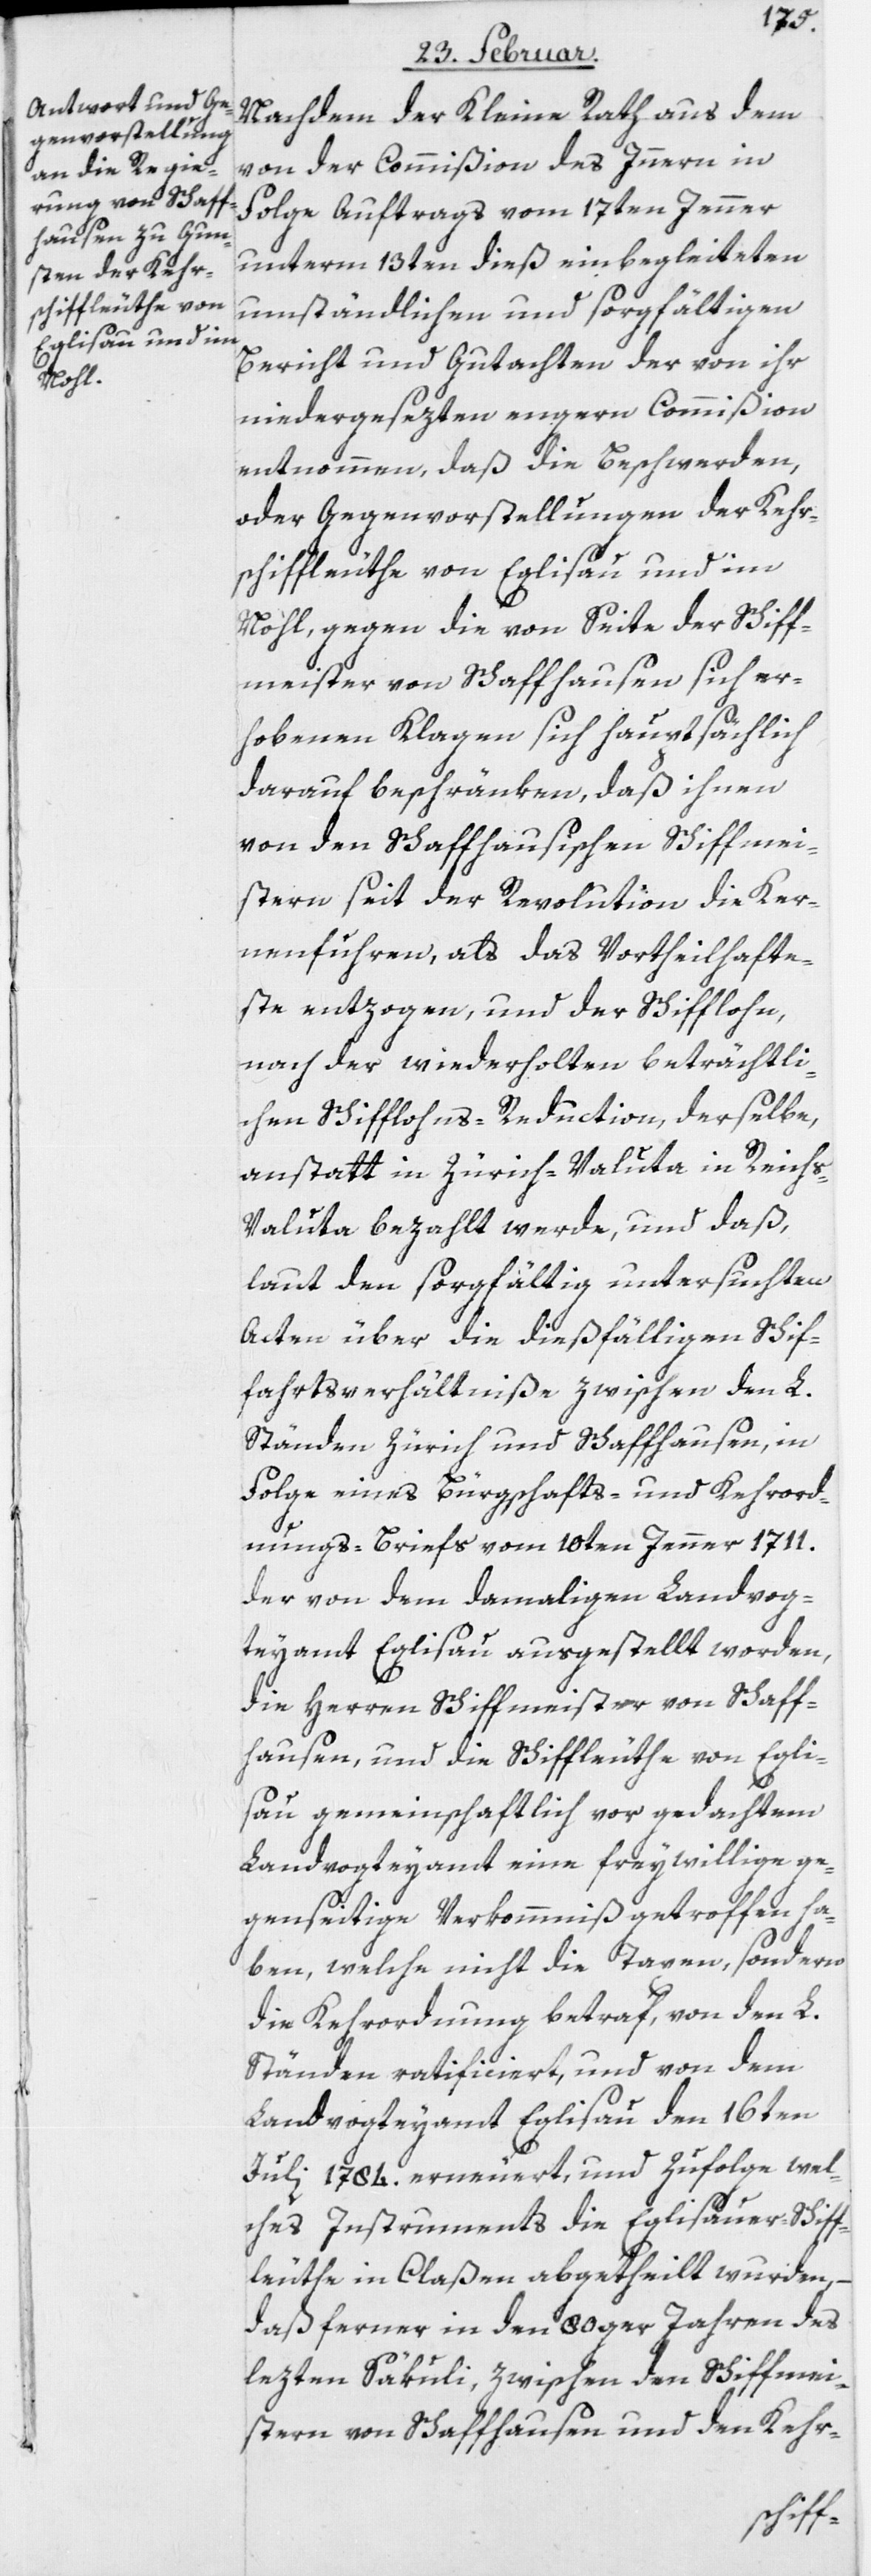
Nachdem der Kleine Rath aus dem
von der Commißion des Innern in
Folge Auftrags vom 17ten Jenner
unterm 13ten dieß einbegleiteten
umständlichen und sorgfältigen
Bericht und Gutachten der von ihr
niedergesezten engern Commißion
entnommen, daß die Beschwerden,
oder Gegenvorstellungen der Kehr¬
schiffleuthe von Eglisau und im
Nohl, gegen die von Seite der Schiff¬
meister von Schaffhausen sich er¬
hobenen Klagen sich hauptsächlich
darauf beschränken, daß ihnen
von den Schaffhausischen Schiffmei¬
stern seit der Revolution die Ker¬
nenfuhren, als das Vortheilhafte¬
tste entzogen, und der Schifflohn,
nach der wiederholten beträchtli¬
chen Schifflohns-Reduction, derselbe,
anstatt in Zürich-Valuta in Reich¬
s-Valuta bezahlt werde, und daß,
laut den sorgfältig untersuchten
Acten über die dießfälligen Schif¬
fahrtsverhältniße zwischen den L.
Ständen Zürich und Schaffhausen, in
Folge eines Bürgschafts- und Kehrord¬
nungs-Briefs vom 10ten Jenner 1711.
der von dem damaligen Landvog¬
teyamt Eglisau ausgestellt worden,
die Herren Schiffmeister von Schaff¬
hausen, und die Schiffleuthe von Egli¬
sau gemeinschaftlich vor gedachtem
Landvogteyamt eine freywillige ge¬
genseitige Verkommniß getroffen ha¬
ben, welche nicht die Taxen, sondern
die Kehrordnung betraf, von den L.
Ständen ratificiert, und von dem
Landvogteyamt Eglisau den 16ten
Juli 1784. erneuert, und Zufolge wel¬
ches Instruments die Eglisauer-Schiff¬
leuthe in Claßen abgetheilt wurden,
daß ferner in den 80ger Jahren des
lezten Säkuli, zwischen den Schiffmei¬
stern von Schaffhausen und den Kehr-